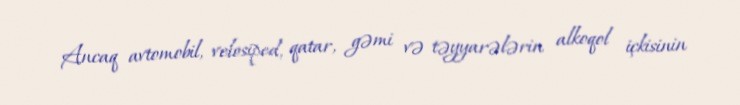
Ancaq avtomobil, velosiped, qatar, gəmi və təyyarələrin alkoqol içkisinin